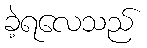
ခဲ့ရလေသည်